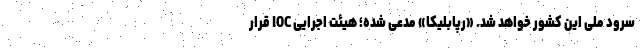
سرود ملی این کشور خواهد شد. «رپابلیکا» مدعی شده؛ هیئت اجرایی IOC قرار